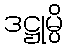
ဒဋ္ဌုမ္ပိ